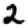
Digit: 2